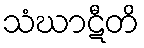
သံဃာဋီတိ